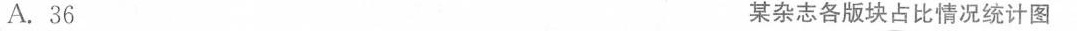
A.36 某杂志各版块占比情况统计图